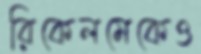
রিকেলমেকেও